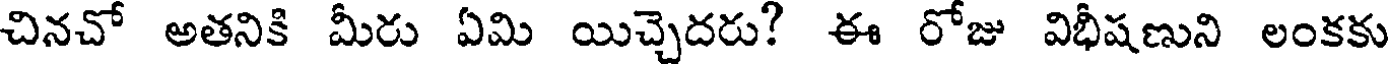
చినచో అతనికి మీరు ఏమి యిచ్చెదరు? ఈ రోజు విభీషణుని లంకకు